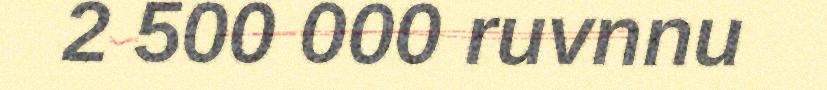
2 500 000 ruvnnu